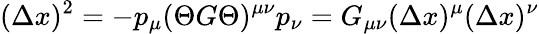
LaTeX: (\Delta x)^{2}=-p_{\mu}(\Theta G\Theta)^{\mu\nu}p_{\nu}=G_{\mu\nu}(\Delta x)^{\mu}(\Delta x)^{\nu}